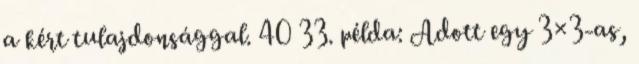
a kért tulajdonsággal. 40 33. példa: Adott egy 3×3-as,